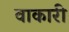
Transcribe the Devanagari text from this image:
वाकारी